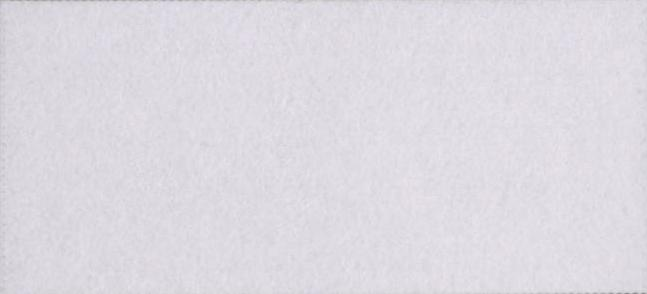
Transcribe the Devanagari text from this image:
पड़ी।